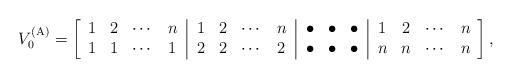
LaTeX: \begin{align*}V_{0}^{(\mathrm{A})}=\left[\begin{array}{cccc|cccc|ccc|cccc}1 & 2 & \cdots & n\, & \,1 & 2 & \cdots & n\, & \,\bullet & \bullet & \bullet\, & \,1 & 2 & \cdots & n\\1 & 1 & \cdots & 1\, & \,2 & 2 & \cdots & 2\, & \,\bullet & \bullet & \bullet\, & \,n & n & \cdots & n\end{array}\right],\end{align*}